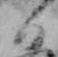
日